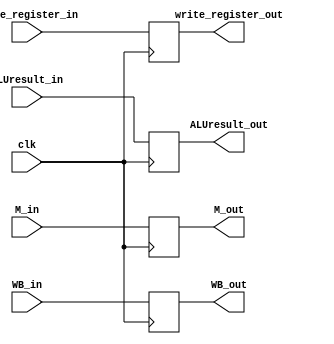
module EX_MEM(
    input clk,
    input WB_in,
    input [1:0]M_in,
    input [31:0]ALUresult_in,
    input [4:0]write_register_in,

    output reg WB_out,
    output reg [1:0]M_out,
    output reg [31:0]ALUresult_out,
    output reg [4:0]write_register_out
);
initial begin
    WB_out = 0;
    M_out = 2'b0;
    ALUresult_out = 32'b0;
    write_register_out = 4'b0;
end

always @(posedge clk)begin
   WB_out = WB_in;
   M_out = M_in;
   ALUresult_out = ALUresult_in;
   write_register_out = write_register_in;
end

endmodule